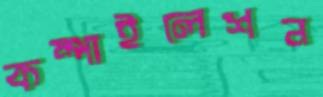
কম্পাইলেশন